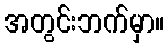
အတွင်းဘက်မှာ။